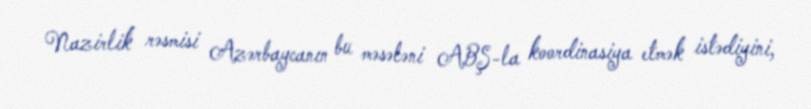
Nazirlik rəsmisi Azərbaycanın bu məsələni ABŞ-la koordinasiya etmək istədiyini,